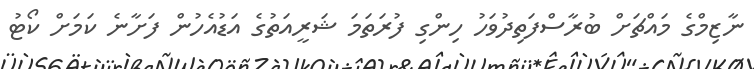
ނާޒިމްގެ މައްޗަށް ބުރާސްފަތިދުވަހު ހިންގި ފުރަތަމަ ޝަރީއަތުގެ އަޑުއެހުން ފަށާނެ ކަމަށް ކޯޓު